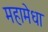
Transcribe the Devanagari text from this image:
महामेधा